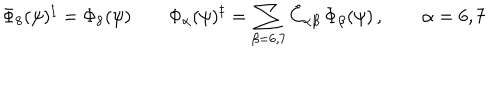
\Phi _ { 8 } ( \psi ) ^ { \ddagger } = \Phi _ { 8 } ( \psi ) \quad \quad \Phi _ { \alpha } ( \psi ) ^ { \ddagger } = \sum _ { \beta = 6 , 7 } \tilde { C } _ { \alpha \beta } \, \Phi _ { \beta } ( \psi ) \, , \quad \quad \alpha = 6 , 7